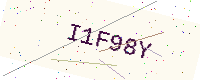
Text: I1F98Y